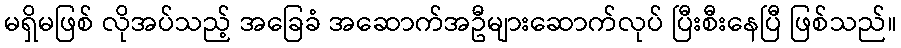
မရှိမဖြစ် လိုအပ်သည့် အခြေခံ အဆောက်အဦများဆောက်လုပ် ပြီးစီးနေပြီ ဖြစ်သည်။